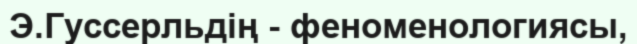
Э.Гуссерльдің - феноменологиясы,